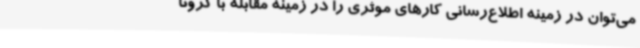
می‌توان در زمینه اطلاع‌رسانی کارهای موثری را در زمینه مقابله با کرونا